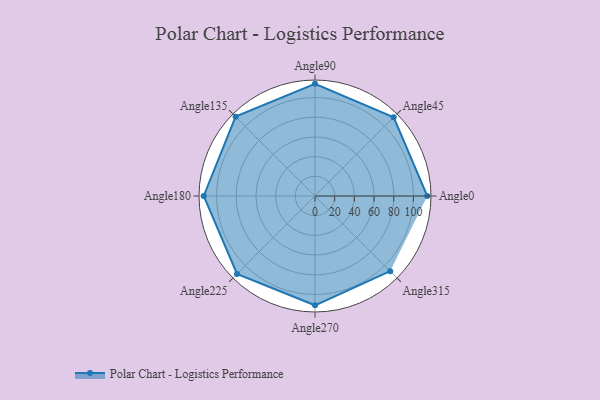
{"axis": {"x": "Angle", "y": "Radius"}, "legend": [""], "data": [{"x": "Angle0", "y": 114.0, "type": ""}, {"x": "Angle45", "y": 113.0, "type": ""}, {"x": "Angle90", "y": 114.0, "type": ""}, {"x": "Angle135", "y": 114.0, "type": ""}, {"x": "Angle180", "y": 113.0, "type": ""}, {"x": "Angle225", "y": 112.0, "type": ""}, {"x": "Angle270", "y": 111.0, "type": ""}, {"x": "Angle315", "y": 108.0, "type": ""}]}